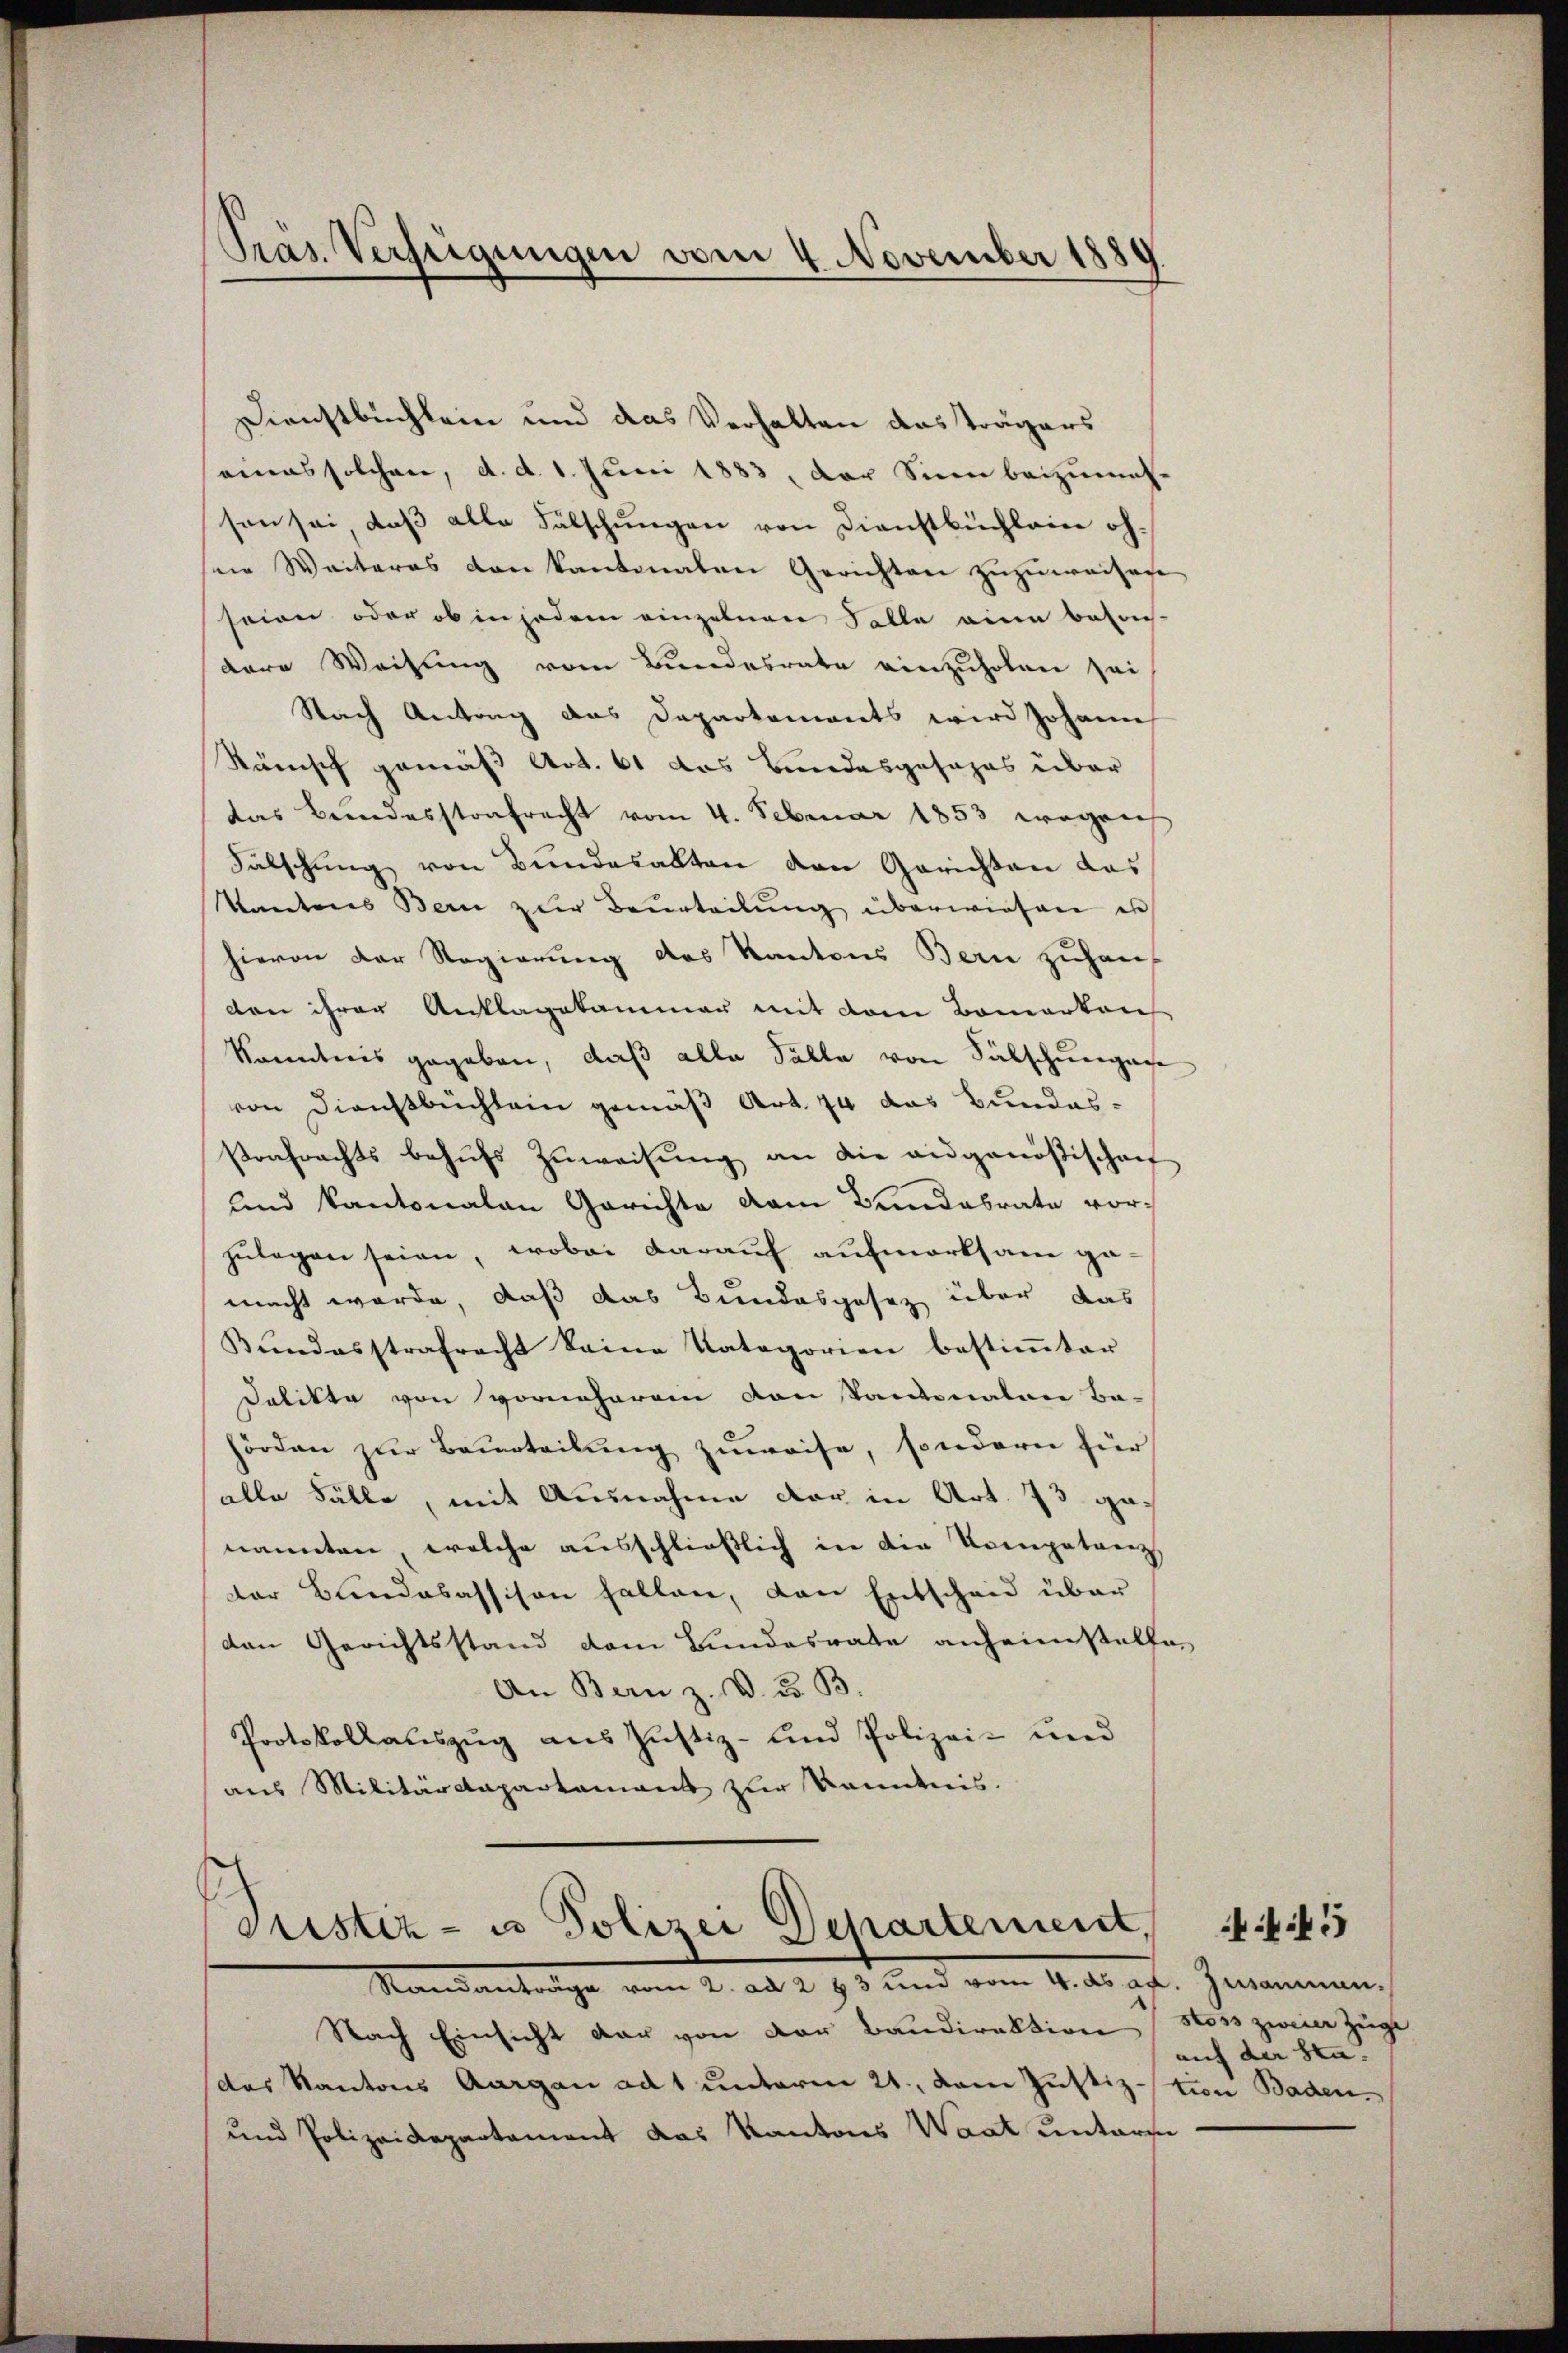
Präs. Verfügungen vom 4. November 1880

Dienstbuchlein und das Verhalten das Trägers
eines solchen, d. d. 1. Juni 1883, der Sinn beizumes-
sen sei, daß alle Fälschungen von Dienstbüchlein oh
sene Weiteres von kantonalen Gerichten zuzuweisen
seien oder ob in jedem einzelnen Falle eine beson-
dere Weisung vom Bundesrate einzuholen sei
Nach Antrag das Departements wird Johann
Ränisch gemäß Art. 61 das Bundesgesages über
das Bundesstrafrecht vom 4. Februar 1853 wegen
Falschung von Bundesalten den Gerichten das
Kantons Bern zur Beurteilŭng überwiesen e
hievon der Regierung des Kantons Bern zuhaus
den ihrer Anklagekammer mit dem Bomarton
kanntnis gegeben, daß alle Fälle von Salschengage
von Dienstbüchlein gemäß Art. 74 das Bundes-
strafrechts behufs Zuweisung an die augenößischen
und kantonalen Gerichte vom Bandabrate vorzulegen seien, wobei darauf aufmerksam gemacht werde, daß das Bundesgesez über das
Kŭndosstrafrecht keine Kategorien bestiṁter
Dalikte von vornehmen von Pantonalen Ba-
hörden zur Beurteilung zuweise, sondern für
alle Fälle, mit Ausnahme der in Art. 73 genannten, welche ausschließlich in die Kompetenz,
der Bundesassison fallen, den Entscheid über
den Gerichtsstand dem Bundesrate anheimstellen
An Bern z. B. 3. B.
Protokollauszug aus Justiz- und Polizei- und
aus Militärdepartement zur Kenntnis.

Justiz- u Polizei Departement,
Standanträge vom 2. ad 283 und vom 4. ds. ad. Zusammen,

Nach Einsicht der von der Bandirektion
das Kantons Aargau adt unterm 21., dem Justiz-tion Baden.
und Polizeidepartament das Kantons Waat untersu

stoss zweier Zeige
auf der Sta- |

45